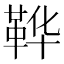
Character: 𫖇